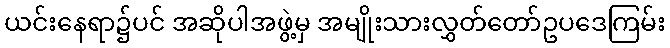
ယင်းနေရာ၌ပင် အဆိုပါအဖွဲ့မှ အမျိုးသားလွှတ်တော်ဥပဒေကြမ်း